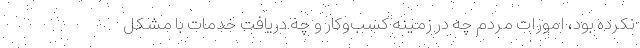
نکرده بود، امورات مردم چه در زمینه کسب‌وکار و چه دریافت خدمات با مشکل